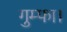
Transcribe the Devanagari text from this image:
गुम्फा।